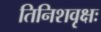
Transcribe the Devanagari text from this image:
तिनिशवृक्षः